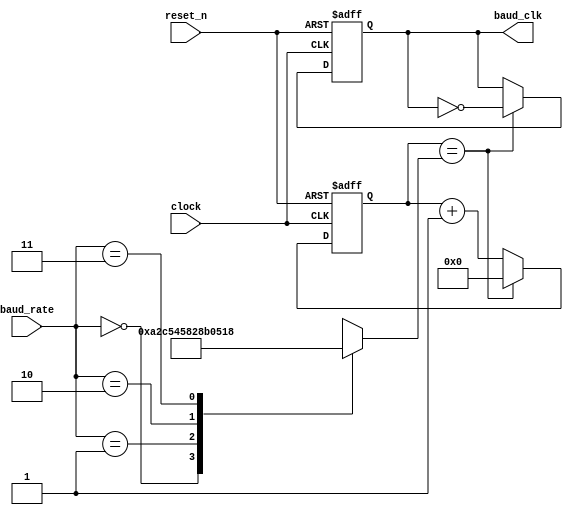
`timescale 1ns / 1ps
//////////////////////////////////////////////////////////////////////////////////
// Company: 
// Engineer: 
// 
// Design Name: 
// Module Name: BaudGenTx
// Project Name: 
// Target Devices: 
// Tool Versions: 
// Description: 
// 
// Dependencies: 
// 
// Revision:
// Revision 0.01 - File Created
// Additional Comments:
// 
//////////////////////////////////////////////////////////////////////////////////


module BaudGenTx(reset_n,clock,baud_rate,baud_clk);
input wire         reset_n,clock;           //  Active low reset,The System's main clock.
input wire  [1:0]  baud_rate;         //  Baud Rate agreed upon by the Tx and Rx units.
output reg         baud_clk;           //  Clocking output for the other modules.


//  Internal declarations
reg [13 : 0] clock_ticks;
reg [13 : 0] final_val;

//  Encoding for the Baud Rates states
localparam BAUD24  = 2'b00,
           BAUD48  = 2'b01,
           BAUD96  = 2'b10,
           BAUD192 = 2'b11;

//  BaudRate 4-1 Mux
always @(baud_rate)
begin
    case (baud_rate)
        //  All these ratio ticks are calculated for 50MHz Clock,
        //  The values shall change with the change of the clock frequency.
        BAUD24 : final_val = 14'd10417;  //  ratio ticks for the 2400 BaudRate.
        BAUD48 : final_val = 14'd5208;   //  ratio ticks for the 4800 BaudRate.
        BAUD96 : final_val = 14'd2604;   //  ratio ticks for the 9600 BaudRate.
        BAUD192 : final_val = 14'd1302;  //  ratio ticks for the 19200 BaudRate.
        default: final_val = 14'd0;      //  The systems original Clock.
    endcase
end

//  Timer logic
always @(negedge reset_n, posedge clock)
begin
    if(~reset_n)
    begin
        clock_ticks <= 14'd0; 
        baud_clk    <= 14'd0; 
    end
    else
    begin
        //  Ticks whenever reaches its final value,
        //  Then resets and starts all over again.
        if (clock_ticks == final_val)
        begin
            clock_ticks <= 14'd0; 
            baud_clk    <= ~baud_clk; 
        end 
        else
        begin
            clock_ticks <= clock_ticks + 1'd1;
            baud_clk    <= baud_clk;
        end
    end 
end

endmodule